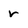
Character: r